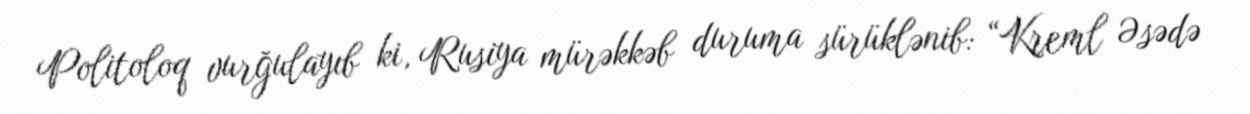
Politoloq vurğulayıb ki, Rusiya mürəkkəb duruma sürüklənib: “Kreml Əsədə